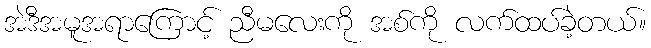
အဲဒီအမူအရာကြောင့် ညီမလေးကို အစ်ကို လက်ထပ်ခဲ့တယ်။